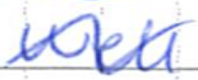
Text: well
Cross-out: wave
Writing tool: ballpoint